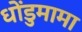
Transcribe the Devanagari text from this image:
धोंडुमामा